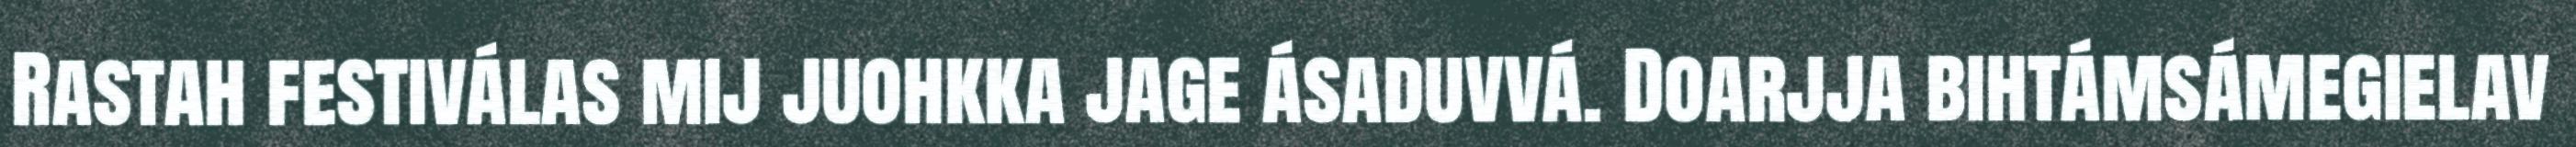
Rastah festiválas mij juohkka jage ásaduvvá. Doarjja bihtámsámegielav